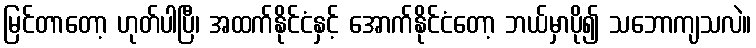
မြင်တာတော့ ဟုတ်ပါပြီ၊ အထက်နိုင်ငံနှင့် အောက်နိုင်ငံတော့ ဘယ်မှာပို၍ သဘောကျသလဲ။